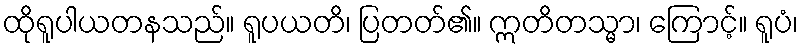
ထိုရူပါယတနသည်။ ရူပယတိ၊ ပြတတ်၏။ ဣတိတသ္မာ၊ ကြောင့်။ ရူပံ၊